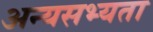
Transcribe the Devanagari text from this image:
अन्यसभ्यता